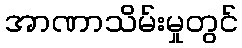
အာဏာသိမ်းမှုတွင်